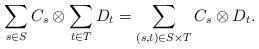
LaTeX: \begin{gather*}\sum_{s\in S}{C_s}\otimes \sum_{t\in T}{D_t} = \sum_{(s,t)\in S\times T}{C_s\otimes D_t} .\end{gather*}